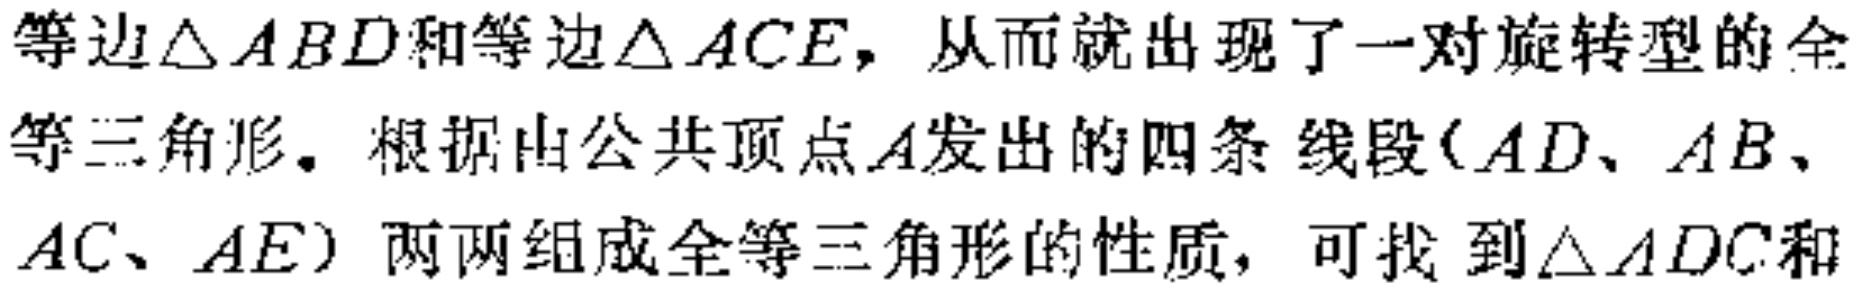
等边\(\triangle ABD\)和等边\(\triangle ACE\)，从而就出现了一对旋转型的全等三角形。根据由公共顶点\(A\)发出的四条 线段（\(AD\)、\(AB\)、\(AC\)、\(AE\)）两两组成全等三角形的性质，可找到\(\triangle ADC\)和